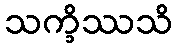
သက္ခိဿသိ